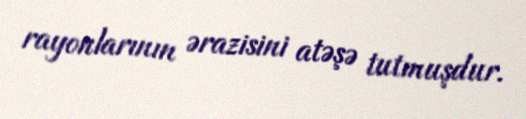
rayonlarının ərazisini atəşə tutmuşdur.